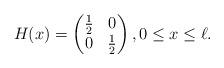
LaTeX: \begin{align*}H(x)=\begin{pmatrix}\frac 12&0\\0&\frac 12\end{pmatrix},0\le x\le \ell.\end{align*}